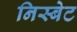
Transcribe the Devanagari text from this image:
निस्बेट